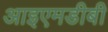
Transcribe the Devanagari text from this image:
आइएमडीबी